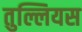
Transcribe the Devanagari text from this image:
तुल्लियस